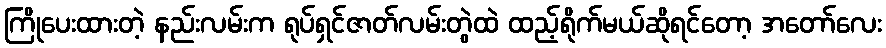
ကြိုပေးထားတဲ့ နည်းလမ်းက ရုပ်ရှင်ဇာတ်လမ်းတွဲထဲ ထည့်ရိုက်မယ်ဆိုရင်တော့ အတော်လေး